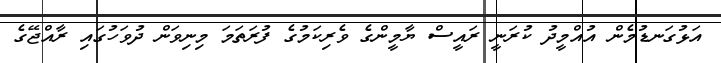
އަޅުގަނޑުމެން އުއްމީދު ކުރަނީ ރައީސް ޔާމީންގެ ވެރިކަމުގެ ފުރަތަމަ މިނިވަން ދުވަހުގައި ރާއްޖޭގެ